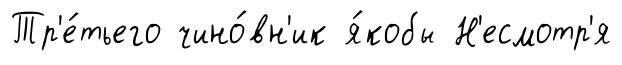
Тр'е́тьего чино́вн'ик я́кобы Н'есмотр'я